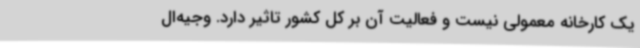
یک کارخانه معمولی نیست و فعالیت آن بر کل کشور تاثیر دارد. وجیه‌ال